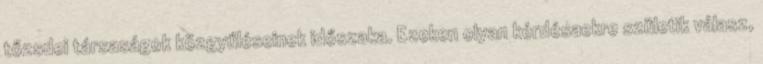
tőzsdei társaságok közgyűléseinek időszaka. Ezeken olyan kérdésaekre születik válasz,